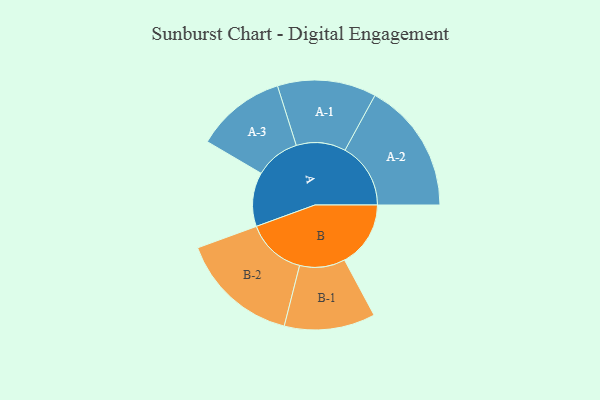
{"axis": {"x": "Segment", "y": "Value"}, "legend": ["", "A", "B"], "data": [{"x": "A", "y": 233, "type": ""}, {"x": "B", "y": 285, "type": ""}, {"x": "A-1", "y": 213, "type": "A"}, {"x": "A-2", "y": 283, "type": "A"}, {"x": "A-3", "y": 194, "type": "A"}, {"x": "B-1", "y": 196, "type": "B"}, {"x": "B-2", "y": 257, "type": "B"}]}